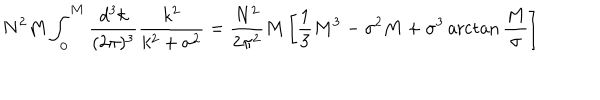
N ^ { 2 } M \int _ { 0 } ^ { M } { \frac { d ^ { 3 } k } { ( 2 \pi ) ^ { 3 } } } { \frac { k ^ { 2 } } { k ^ { 2 } + \sigma ^ { 2 } } } = { \frac { N ^ { 2 } } { 2 \pi ^ { 2 } } } M \left[ { \frac { 1 } { 3 } } M ^ { 3 } - \sigma ^ { 2 } M + \sigma ^ { 3 } \operatorname { a r c t a n } { \frac { M } { \sigma } } \right]